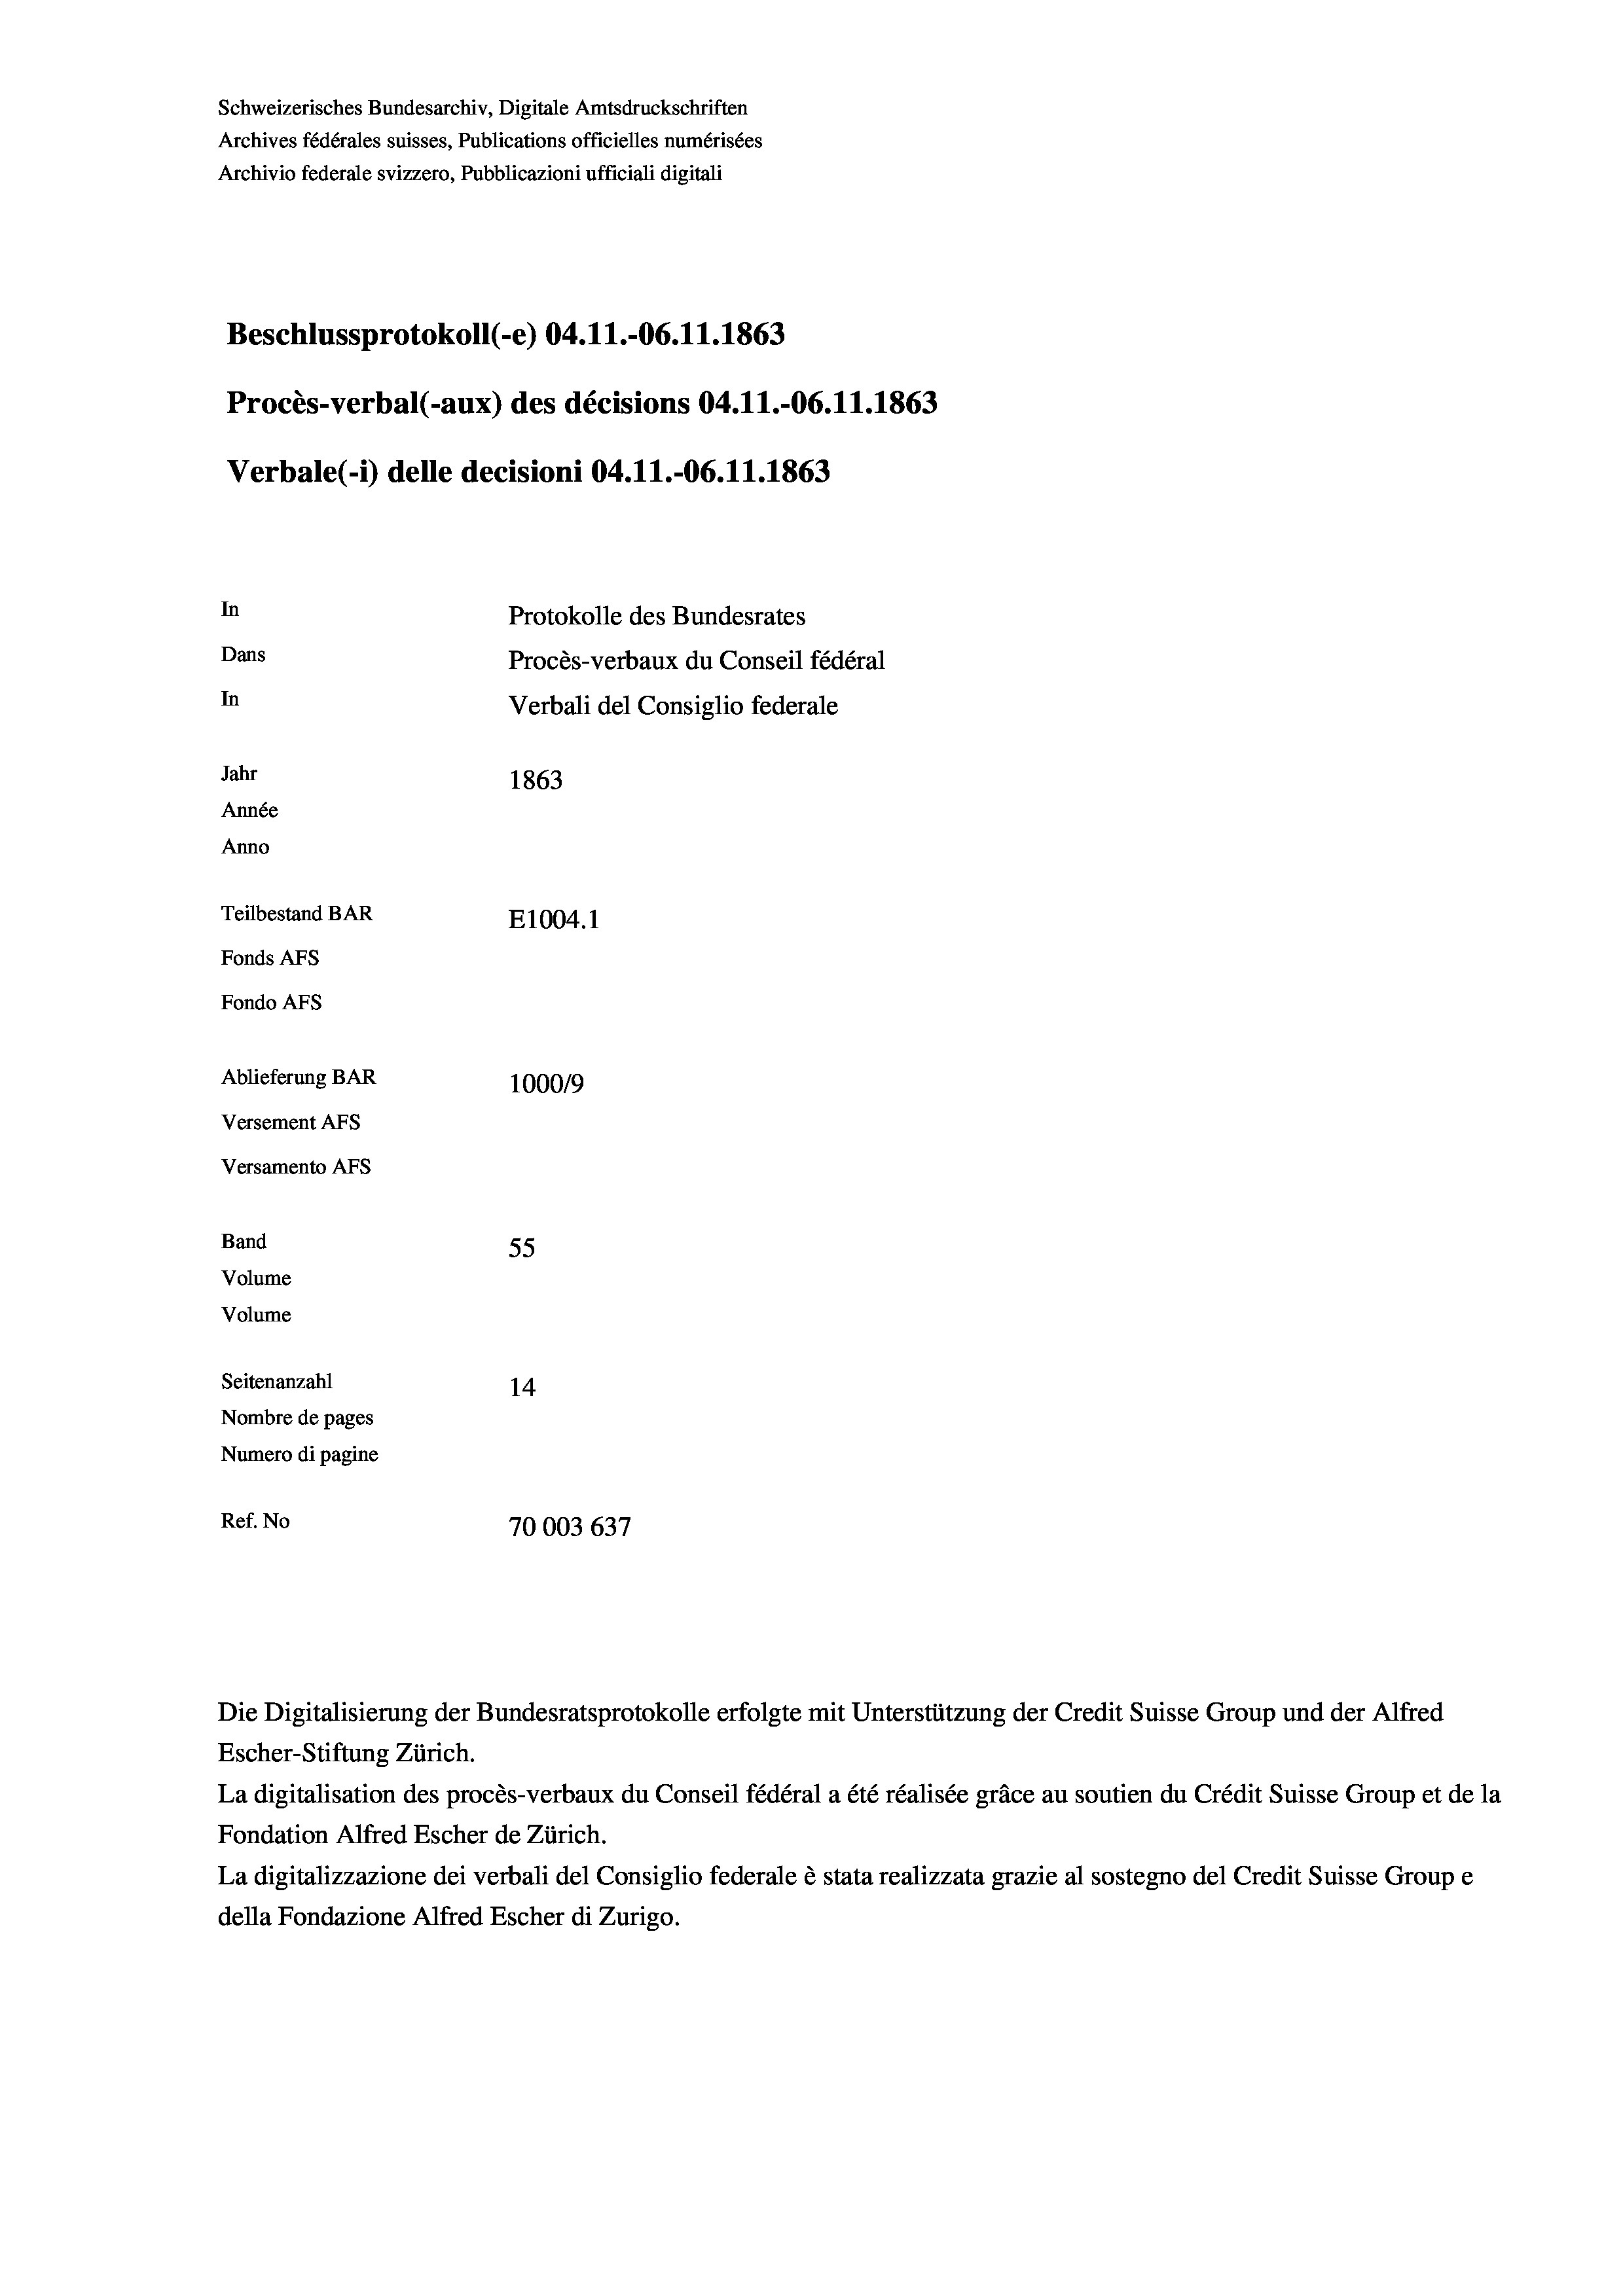
Schweizerisches Bundesarchiv, Digitale Amtsdruckschriften
Archives fédérales suisses, Publications officielles numérisées
Archivio federale svizzero, Pubblicazioni ufficiali digitali
Beschlussprotokoll (-e) 04.11.-06. 11. 1863
Procès-verbal (-aux) des décisions 04.11.-06. 11. 1863
Verbale(-*) delle decisioni 04.11.-06. 11. 1863
In
Protokolle des Bundesrates
Dans
Procès-verbaux du Conseil fédéral
In
Verbali del Consiglio federale
Jahr
1863
Année
Anno
Teilbestand BAR
E1004.1
Fonds AFs
Fondo AFS
Ablieferung BAR
100019
Versement AFs
Versamento AFs
Band
55
Volume

Seitenanzahl
14
Nombre de pages
Numero di pagine
Ref. No
70003 637

Volume

Escher-Stiftung Zürich.
La digitalisation des procès-verbaux du Conseil fédéral a été réalisée gräce au soutien du Crédit Suisse Group et de la
Fondation Alfred Escher de Zürich.
La digitalizzazione dei verbali del Consiglio federale è stata realizzata grazie al sostegno del Credit Suisse Groupe
della Fondazione Alfred Escher di Zurigo.

Die Digitalisierung der Bundesratsprotokolle erfolgte mit Unterstützung der Credit Suisse Group und der Alfred